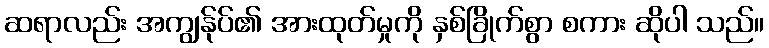
ဆရာလည်း အကျွန်ုပ်၏ အားထုတ်မှုကို နှစ်ခြိုက်စွာ စကား ဆိုပါ သည်။